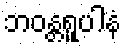
ဘဝန္တရူပါနံ